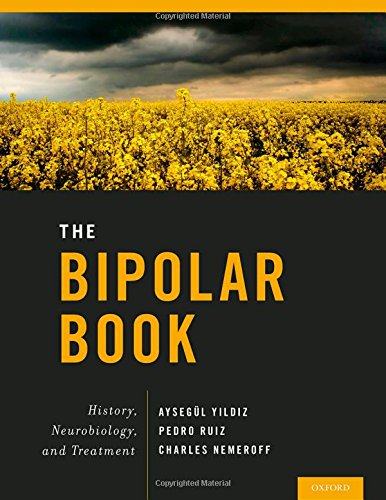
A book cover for The Bipolar Book: History, Neurobiology, and Treatment; Health, Fitness & Dieting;